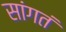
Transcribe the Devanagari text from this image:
सांगतं